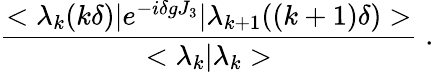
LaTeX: \frac{<\lambda_{k}(k\delta)|e^{-i\delta gJ_{3}}|\lambda_{k+1}((k+1)\delta)>}{<\lambda_{k}|\lambda_{k}>}\; .